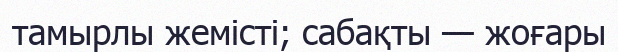
тамырлы жемісті; сабақты — жоғары